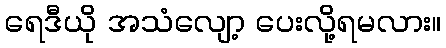
ရေဒီယို အသံလျော့ ပေးလို့ရမလား။